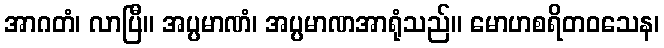
အာဂတံ၊ လာပြီ။ အပ္ပမာဏံ၊ အပ္ပမာဏအာရုံသည်။ မောဟစရိတဝသေန၊